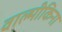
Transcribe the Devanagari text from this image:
वाल्मीकिना